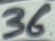
Text: 36